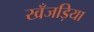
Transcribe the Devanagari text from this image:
खँजड़िया